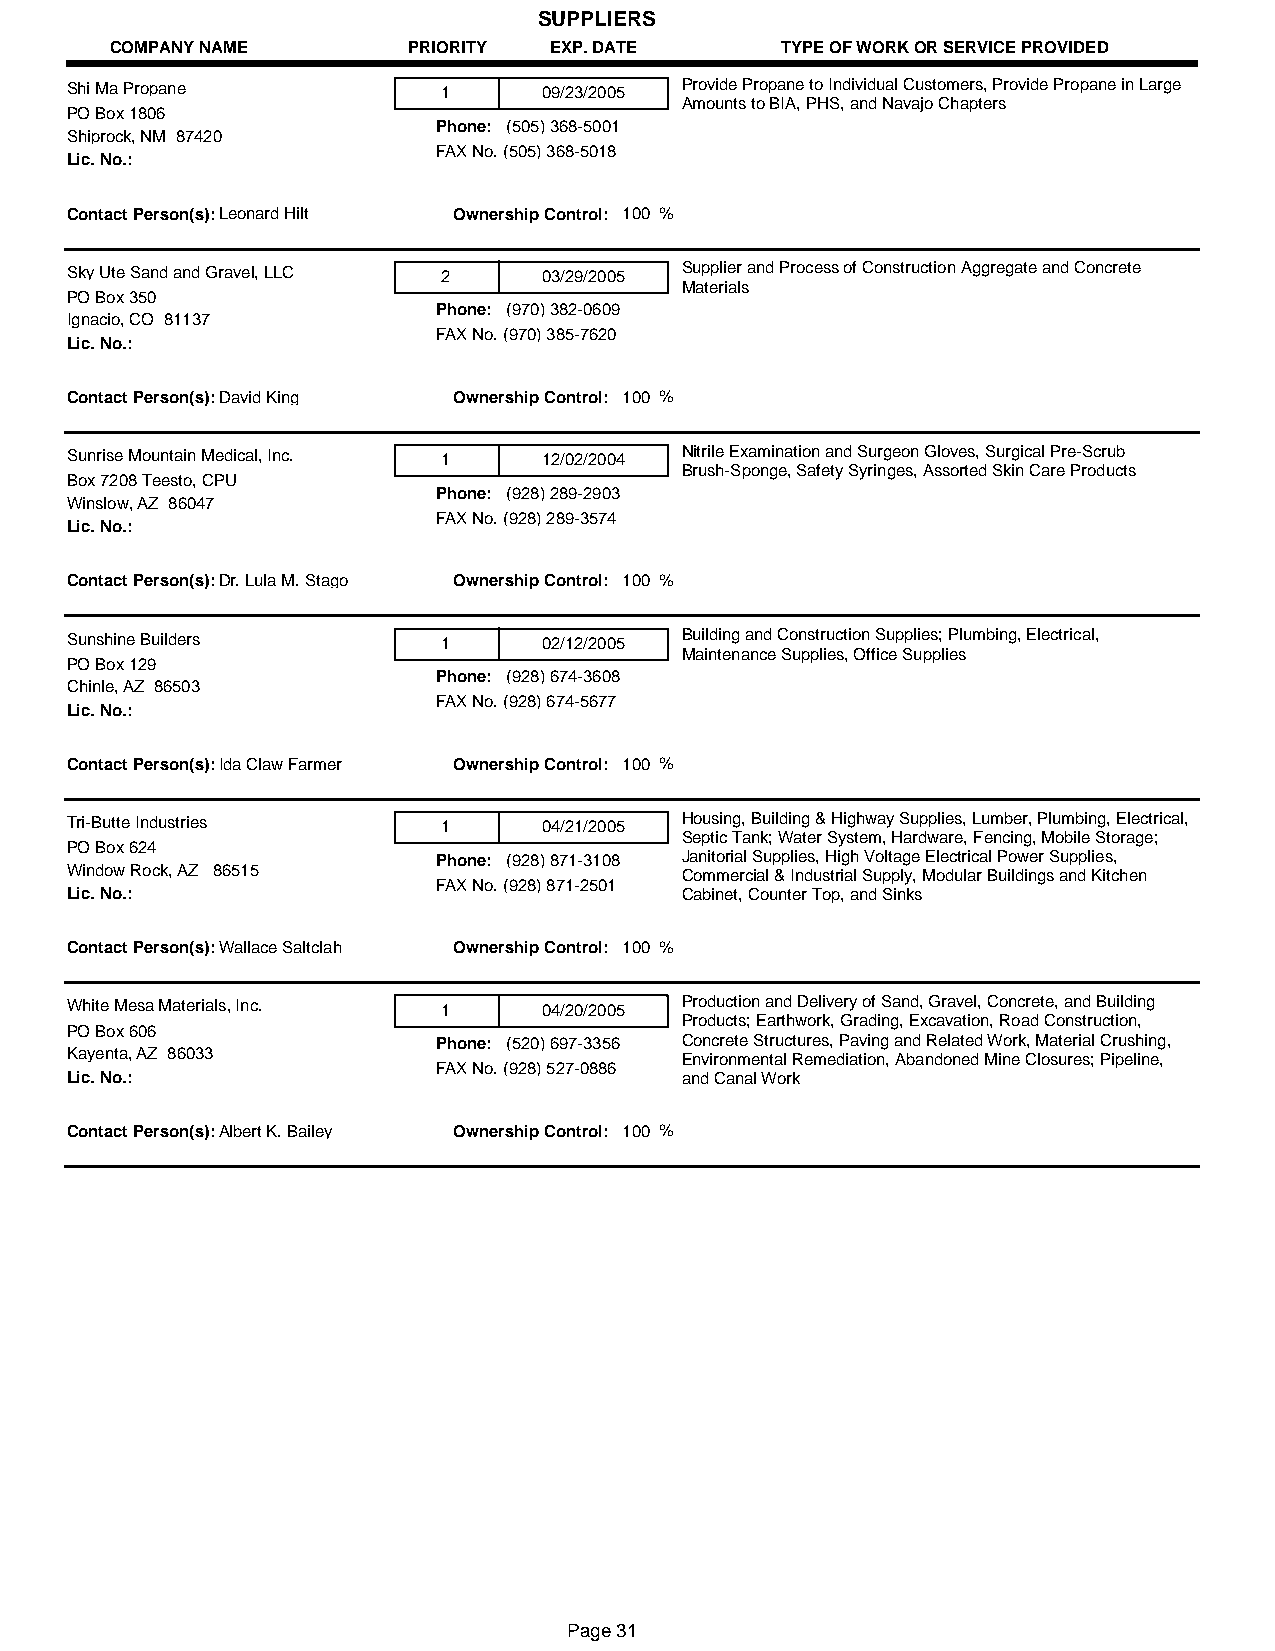
SUPPLIERS
 COMPANY NAME        PRIORITY EXP. DATE       TYPE OF WORK OR SERVICE PROVIDED
 Shi Ma Propane           1      09/23/2005 Provide Propane to Individual Customers, Provide Propane in Large
 Amounts to BIA, PHS, and Navajo Chapters
 PO Box 1806
 Phone: (505) 368-5001
 Shiprock, NM 87420
 FAX No. (505) 368-5018
 Lic. No.:
 Contact Person(s):Leonard Hilt Ownership Control: 100 %
 Sky Ute Sand and Gravel, LLC 2  03/29/2005 Supplier and Process of Construction Aggregate and Concrete
 Materials
 PO Box 350
 Phone: (970) 382-0609
 Ignacio, CO 81137
 FAX No. (970) 385-7620
 Lic. No.:
 Contact Person(s):David King Ownership Control: 100 %
 Sunrise Mountain Medical, Inc. 1 12/02/2004 Nitrile Examination and Surgeon Gloves, Surgical Pre-Scrub
 Brush-Sponge, Safety Syringes, Assorted Skin Care Products
 Box 7208 Teesto, CPU
 Phone: (928) 289-2903
 Winslow, AZ 86047
 FAX No. (928) 289-3574
 Lic. No.:
 Contact Person(s):Dr. Lula M. Stago Ownership Control: 100 %
 Sunshine Builders        1      02/12/2005 Building and Construction Supplies; Plumbing, Electrical,
 Maintenance Supplies, Office Supplies
 PO Box 129
 Phone: (928) 674-3608
 Chinle, AZ 86503
 FAX No. (928) 674-5677
 Lic. No.:
 Contact Person(s):Ida Claw Farmer Ownership Control: 100 %
 Tri-Butte Industries     1      04/21/2005 Housing, Building & Highway Supplies, Lumber, Plumbing, Electrical,
 Septic Tank; Water System, Hardware, Fencing, Mobile Storage;
 PO Box 624
 Phone: (928) 871-3108 Janitorial Supplies, High Voltage Electrical Power Supplies,
 Window Rock, AZ 86515                    Commercial & Industrial Supply, Modular Buildings and Kitchen
 FAX No. (928) 871-2501
 Lic. No.:                                Cabinet, Counter Top, and Sinks
 Contact Person(s):Wallace Saltclah Ownership Control: 100 %
 White Mesa Materials, Inc. 1    04/20/2005 Production and Delivery of Sand, Gravel, Concrete, and Building
 Products; Earthwork, Grading, Excavation, Road Construction,
 PO Box 606
 Phone: (520) 697-3356 Concrete Structures, Paving and Related Work, Material Crushing,
 Kayenta, AZ 86033                        Environmental Remediation, Abandoned Mine Closures; Pipeline,
 FAX No. (928) 527-0886
 Lic. No.:                                and Canal Work
 Contact Person(s):Albert K. Bailey Ownership Control: 100 %
 Page 31